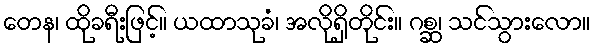
တေန၊ ထိုခရီးဖြင့်။ ယထာသုခံ၊ အလိုရှိတိုင်း။ ဂစ္ဆ၊ သင်သွားလော။